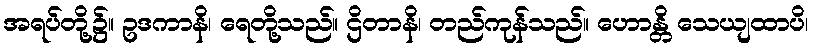
အရပ်တို့၌။ ဥဒကာနိ၊ ရေတို့သည်။ ဌိတာနိ၊ တည်ကုန်သည်။ ဟောန္တိ သေယျထာပိ၊